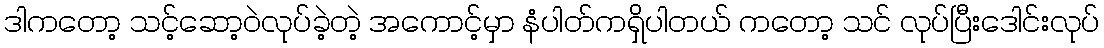
ဒါကတော့ သင့်ဆော့ဝဲလုပ်ခဲ့တဲ့ အကောင့်မှာ နံပါတ်ကရှိပါတယ် ကတော့ သင် လုပ်ပြီးဒေါင်းလုပ်